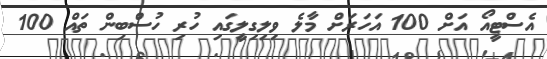
އެސްޓީއޯ އަށް 100 އަހަރަށް މާލެ ވިލިގިލީގައި ހުރި ހުސްބިން ތައް 100